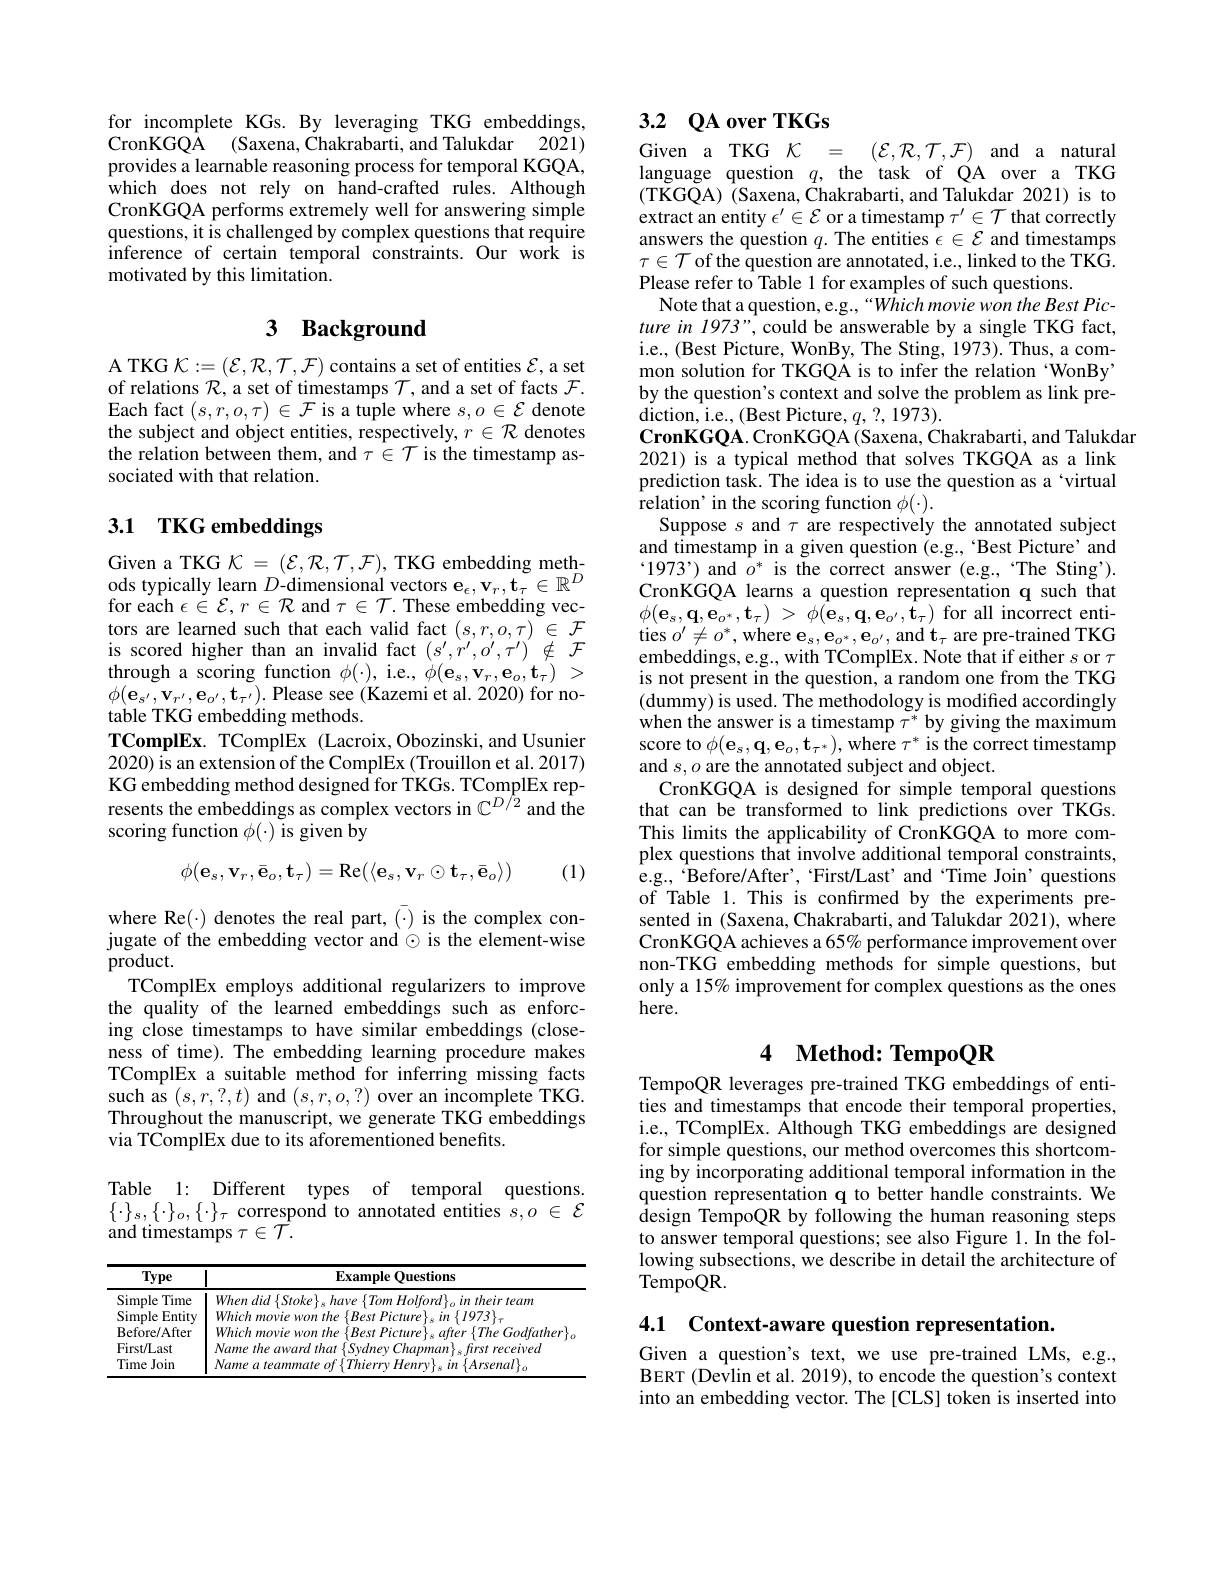
for incomplete KGs. By leveraging TKG embeddings, CronKGQ$\hat{A} $( Saxena, $\tilde{C}$hakrabarti, andTalukdar$\:$2021) provides a learnable reasoning process for temporal KGQA, which does not rely on hand-crafted rules. Although CronKGQA performs extremely well for answering simple questions, it is challenged by complex questions that require $\hat{\text{inference of certain temporal constraints.Our work is}}$ motivated by this limitation.

# 3 Background

A TKG $\mathcal{K}:=(\mathcal{E},\mathcal{R},\mathcal{T},\mathcal{F})$ contains a set of entities $\mathcal{E}$, a set of relations $\mathcal{R}$,a set of timestamps $\mathcal{T}$, and a set of facts $\mathcal{F}.$ $\begin{array}{l}\mathrm{Each~fact~}(s,r,o,\tau)\in\mathcal{F}\text{ is a tuple where }s,o\in\mathcal{E}\text{ denote}\\\mathrm{the~subject~and~object~entities,~respectively,~}r\in\mathcal{R}\text{ denotes}\end{array}$ the relation between them, and $\tau\in\mathcal{T}$ is the timestamp associated with that relation.

# 3.1 TKG embeddings

Given a TKG $\mathcal{K}=(\mathcal{E},\mathcal{R},\mathcal{T},\mathcal{F})$, TKG embedding methods typically learn $D$-dimensional vectors $\mathbf{e}_\epsilon,\mathbf{v}_r,\mathbf{t}_\tau\in\mathbb{R}^D$ for each $\epsilon\in\mathcal{E},r\in\mathcal{R}$ and $\tau\in\mathcal{T}.$ These embedding vectors are learned such that each valid fact $(s,r,o,\tau)\in\mathcal{F}$ is scored higher than an invalid fact $(s^{\prime},\dot{r}^{\prime},o^{\prime},\tau^{\prime})\notin\mathcal{F}$ through a scoring function $\phi(\cdot)$, i.e., $\phi(\mathbf{e}_{s},\mathbf{v}_{r},\mathbf{e}_{o},\mathbf{t}_{\tau})>$ $\phi(\mathbf{e}_{s^{\prime}},\mathbf{v}_{r^{\prime}},\mathbf{e}_{o^{\prime}},\mathbf{t}_{\tau^{\prime}}).$Please see(Kazemi et al.2020)for notable TKG embedding methods.
$\mathbf{TComplEx.~TComplEx~(Lacroix,Obozinski,and~Usunier}$ 2020) is an extension of the ComplEx (Trouillon et al. 2017) KG embedding method designed for TKGs. TComplEx represents the embeddings as complex vectors in $\mathbb{C}^{D/2}$ and the scoring function $\phi(\cdot)$ is given by
$$\phi(\mathbf{e}_s,\mathbf{v}_r,\bar{\mathbf{e}}_o,\mathbf{t}_\tau)=\mathrm{Re}(\langle\mathbf{e}_s,\mathbf{v}_r\odot\mathbf{t}_\tau,\bar{\mathbf{e}}_o\rangle)$$
(1)

$\begin{array}{l}\mathrm{where~Re(\cdot)~denotes~the~real~part,~(\cdot)~is~the~complex~con-}\\\mathrm{jugate~of~the~embedding~vector~and~\odot~is~the~element-wise}\end{array}$
${\mathrm{product.}}$
TComplEx employs additional regularizers to improve the quality of the learned embeddings such as enforcing close timestamps to have similar embeddings (closeness of time). The embedding learning procedure makes TComplEx a suitable method for inferring missing facts such as $(s,r,?,t)$ and $(s,r,o,?)$ over an incomplete TKG. Throughout the manuscript, we generate TKG embeddings via TComplEx due to its aforementioned benefits.
Table 1: Different types of temporal questions.

$\{\cdot\}_{s},\{\cdot\}_{o},\{\cdot\}_{\tau}$ correspond to annotated entities $s,o\in\mathcal{E}$
and timestamps $\tau\in\bar{\mathcal{T}}.$

<table>
	<tbody>
		<tr>
			<th>Type</th>
			<th>Example Questions</th>
		</tr>
		<tr>
			<td>Simple Time</td>
			<td> </td>
		</tr>
		<tr>
			<td>Simple Entitv </td>
			<td> </td>
		</tr>
		<tr>
			<td>Before/ After</td>
			<td> </td>
		</tr>
		<tr>
			<td>First/Last</td>
			<td>$r\rho\rho\rho\mu\nu\rho\rho$</td>
		</tr>
		<tr>
			<td>Time Join</td>
			<td>Name Arvemal</td>
		</tr>
	</tbody>
</table>

# 3.2 $QA$ over TKGs

Given a TKG $\mathcal{K}=(\mathcal{E},\mathcal{R},\mathcal{T},\mathcal{F})$ and a naturallanguage question $q$, the task of QA over a TKG (TKGQA) (Saxena, Chakrabarti, and Talukdar 2021) is to extract an entity $\epsilon^\prime\in\mathcal{E}$ or a timestamp $\tau^\prime\in\mathcal{T}$ that correctly answers the question $q.$ The entities $\epsilon\in\mathcal{E}$ and timestamps $\tau\in\mathcal{T}$ of the question are annotated, i.e., linked to the TKG. Please refer to Table 1 for examples of such questions.
Note that a question, e.g.,“Which movie won the Best Picture in 1973", could be answerable by a single TKG fact, i.e., (Best Picture, WonBy, The Sting, 1973). Thus, a common solution for TKGQA is to infer the relation 'WonBy by the question's context and solve the problem as link pre- $\operatorname*{diction,~i.e.,~(Best~Picture,~q,~?,~1973).}$
$\mathbf{CronKGQA.CronKGQA(Saxena,Chakrabarti,andTalukdar}$
2021) is a typical method that solves TKGQA as a link prediction task. The idea is to use the question as a `virtual relation' in the scoring function $\phi(\cdot).$
Suppose $s$ and $\tau$ are respectively the annotated subject and timestamp in a given question (e.g., 'Best Picture' and $`1973’)$ and $\hat{o}^*$ is the correct answer (e.g.,“The Sting'). CronKGQA learns a question representation q such that $\phi ( \mathbf{e} _{s}, \mathbf{q} , \mathbf{e} _{o^{* }}, \mathbf{t} _{\tau })$ > $\phi ( \mathbf{e} _{s}, \mathbf{q} , \mathbf{e} _{o^{\prime }}, \mathbf{\hat{t} } _{\tau })$ for all incorrect entities $o^{\prime}\neq o^{*}$, where $\mathbf{e}_s,\mathbf{e}_{o^{*}},\mathbf{e}_{o^{\prime}}$, and $\mathbf{t}_\tau$ are pre-trained TKG embeddings, e.g., with TComplEx. Note that if either $s$ or $\tau$ is not present in the question, a random one from the TKG (dummy) is used. The methodology is modified accordingly when the answer is a timestamp $\tau^*$ by giving the maximum score to $\phi(\mathbf{e}_{s},\mathbf{q},\mathbf{e}_{o},\mathbf{t}_{\tau^{*}})$,where $\tau^*$ is the correct timestamp and $s,o$ are the annotated subject and object.
CronKGQA is designed for simple temporal questions that can be transformed to link predictions over TKGs. This limits the applicability of CronKGQA to more complex questions that involve additional temporal constraints, e.g., 'Before/After', 'First/Last' and`Time Join' questions of Table 1. This is confirmed by the experiments presented in (Saxena, Chakrabarti, and Talukdar 2021), where CronKGQA achieves a 65% performance improvement over non-TKG embedding methods for simple questions, but only a 15% improvement for complex questions as the ones here.

## 4 $\textbf{Method: TempoQR}$

TempoQR leverages pre-trained TKG embeddings of entities and timestamps that encode their temporal properties, i.e., TComplEx. Although TKG embeddings are designed for simple questions, our method overcomes this shortcoming by incorporating additional temporal information in the question representation q to better handle constraints. We $\hat{\text{design TempoQR by following the human reasoning steps}}$ to answer temporal questions; see also Figure 1. In the following subsections, we describe in detail the architecture of ${\mathrm{TempoQR}}.$

4.1 Context-aware question representation.

Given a question's text, we use pre-trained LMs, e.g., BERT (Devlin et al. 2019), to encode the question's context into an embedding vector. The [CLS] token is inserted into